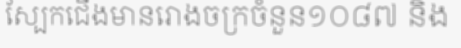
ស្បែកជើងមានរោងចក្រចំនួន១០៨៧ និង